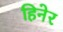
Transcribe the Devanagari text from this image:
हिनेर